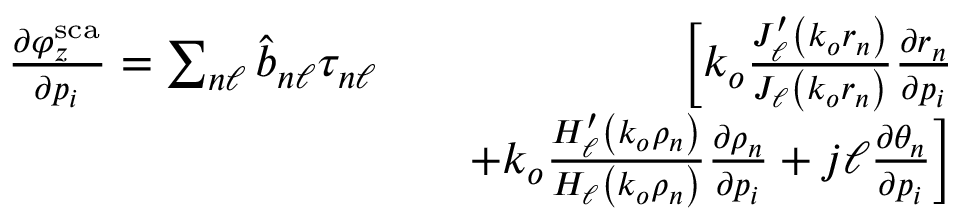
\begin{array} { r l r } { \frac { \partial \varphi _ { z } ^ { \mathrm { s c a } } } { \partial p _ { i } } = \sum _ { n \ell } \hat { b } _ { n \ell } \tau _ { n \ell } } & { } & { \bigg [ k _ { o } \frac { J _ { \ell } ^ { \prime } \left( k _ { o } r _ { n } \right) } { J _ { \ell } \left( k _ { o } r _ { n } \right) } \frac { \partial r _ { n } } { \partial p _ { i } } } \\ & { } & { + k _ { o } \frac { H _ { \ell } ^ { \prime } \left( k _ { o } \rho _ { n } \right) } { H _ { \ell } \left( k _ { o } \rho _ { n } \right) } \frac { \partial \rho _ { n } } { \partial p _ { i } } + j \ell \frac { \partial \theta _ { n } } { \partial p _ { i } } \bigg ] } \end{array}